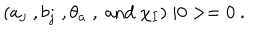
( a _ { j } \; , b _ { j } \; , \theta _ { a } \; , \ \mathrm { a n d } \ \chi _ { I } ) \; \vert 0 > = 0 \ .